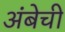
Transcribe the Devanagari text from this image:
अंबेची